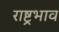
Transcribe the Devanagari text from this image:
राष्ट्रभाव